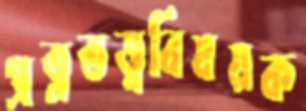
প্রত্নতত্ত্ববিষয়ক